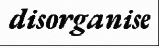
disorganise